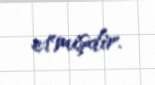
etmişdir.